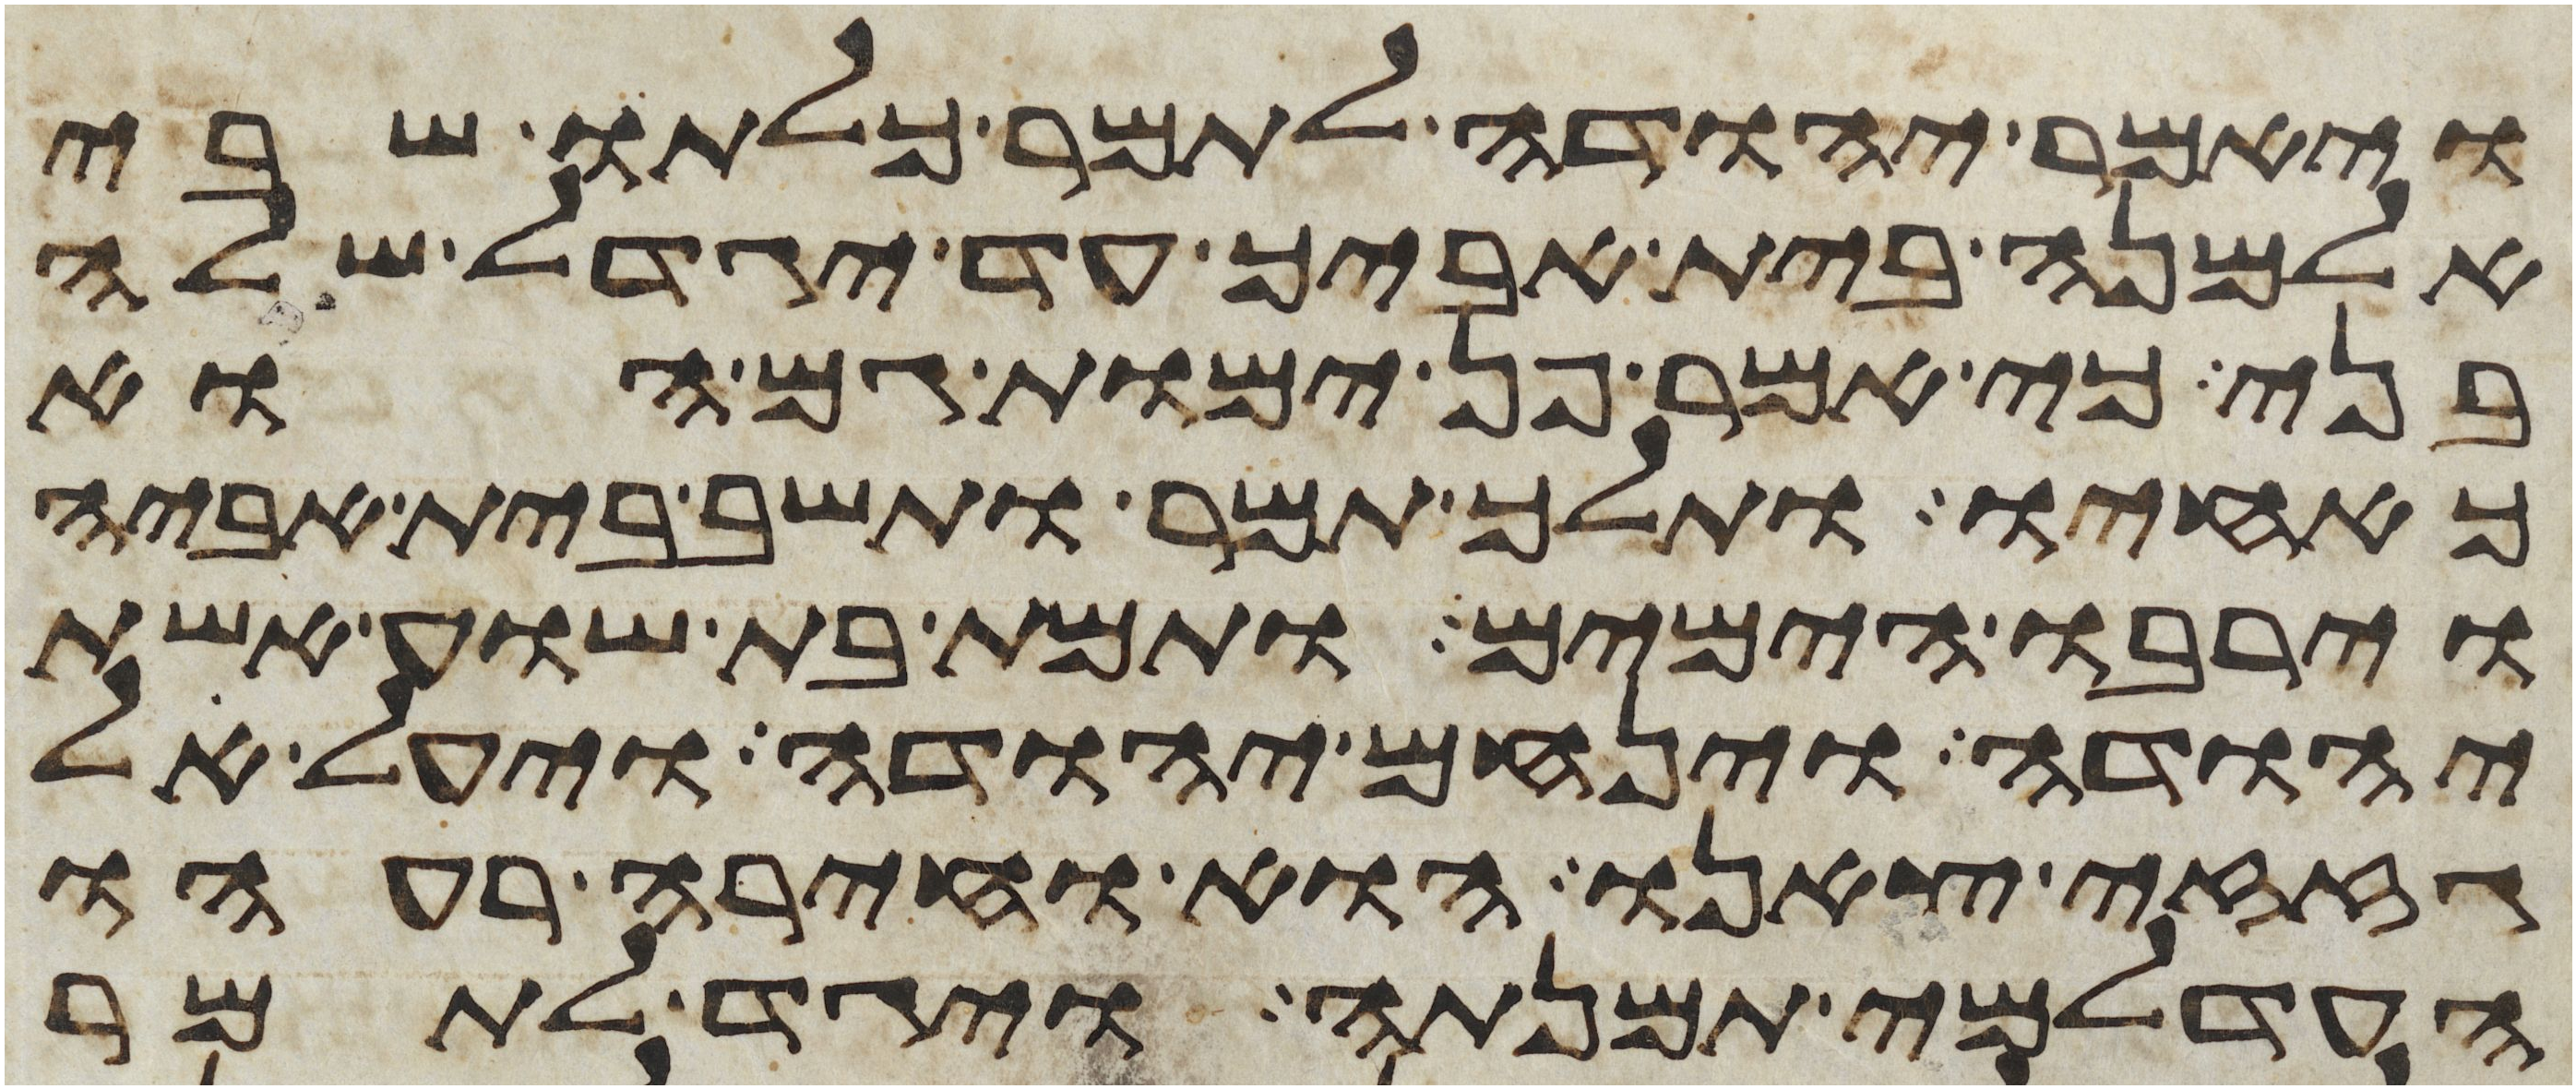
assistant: ויאמר יהודה לתמר כלתו שבי
אלמנה בית אביך עד יגדל שלה
בני כי אמר פן ימות גם הוא
כאחיו ותלך תמר ותשב בית אביה
וירבו הימים ותמת בת שוע אשת
יהודה וינחם יהודה ויעל אל
גזזי צאנו הוא וחירה רעהו
העדלמי תמנתה ויגד לתמר